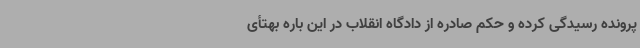
پرونده رسیدگی کرده و حکم صادره از دادگاه انقلاب در این باره بهتأی